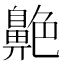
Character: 𦫱